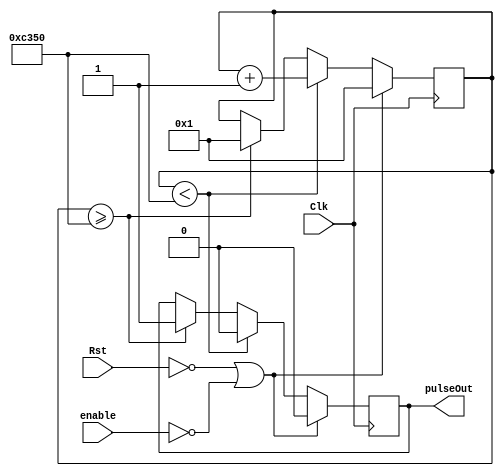
module oneMS(Clk, Rst, enable, pulseOut);

   input Clk, Rst, enable;
   output reg pulseOut;

   reg[15:0] count;

   always @ (posedge Clk)
   begin
      if ( (Rst == 0) || (enable != 1) )
         begin
         count <= 1;
         pulseOut <= 0;
         end
      else if(count < 50000)
         begin
         count <= count + 1;
         pulseOut <= 0;
         end
      else if(count >= 50000)
         begin
         pulseOut <= 1;
         count <= 1;
         end
   end
endmodule